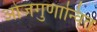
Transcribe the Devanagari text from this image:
ओजगुणान्वित